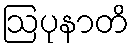
ဩပုနာတိ